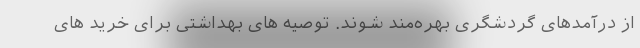
از درآمدهای گردشگری بهره‌مند شوند. توصیه های بهداشتی برای خرید های